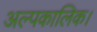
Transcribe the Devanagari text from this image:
अल्पकालिक।